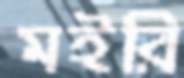
মইরি